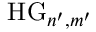
\mathrm { H G } _ { n ^ { \prime } , m ^ { \prime } }